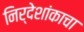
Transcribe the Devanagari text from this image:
निर्देशांकाचा